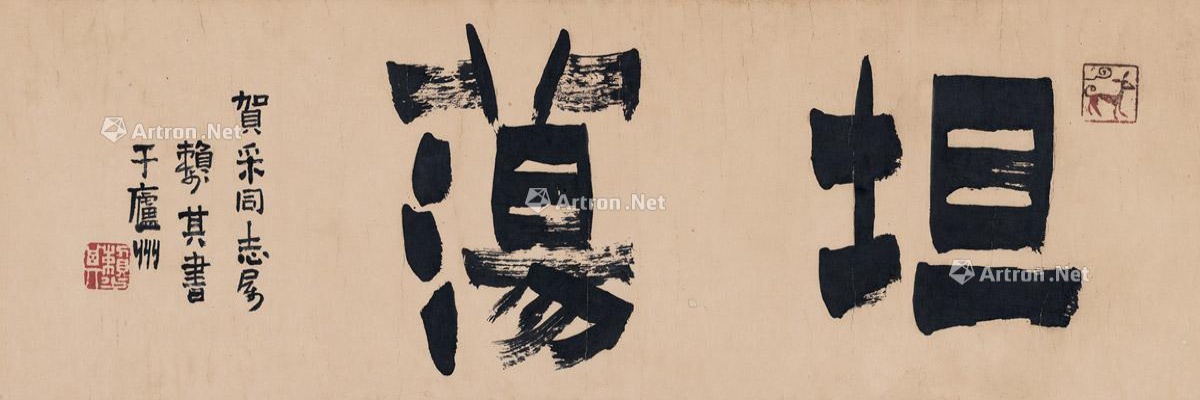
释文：坦荡。贺采同志属，赖少其书于庐州。